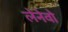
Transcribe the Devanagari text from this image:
लेनेवो